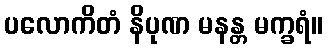
ပလောကိတံ နိပုဏ မနန္တ မက္ခရံ။